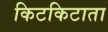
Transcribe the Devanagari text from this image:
किटकिटाता